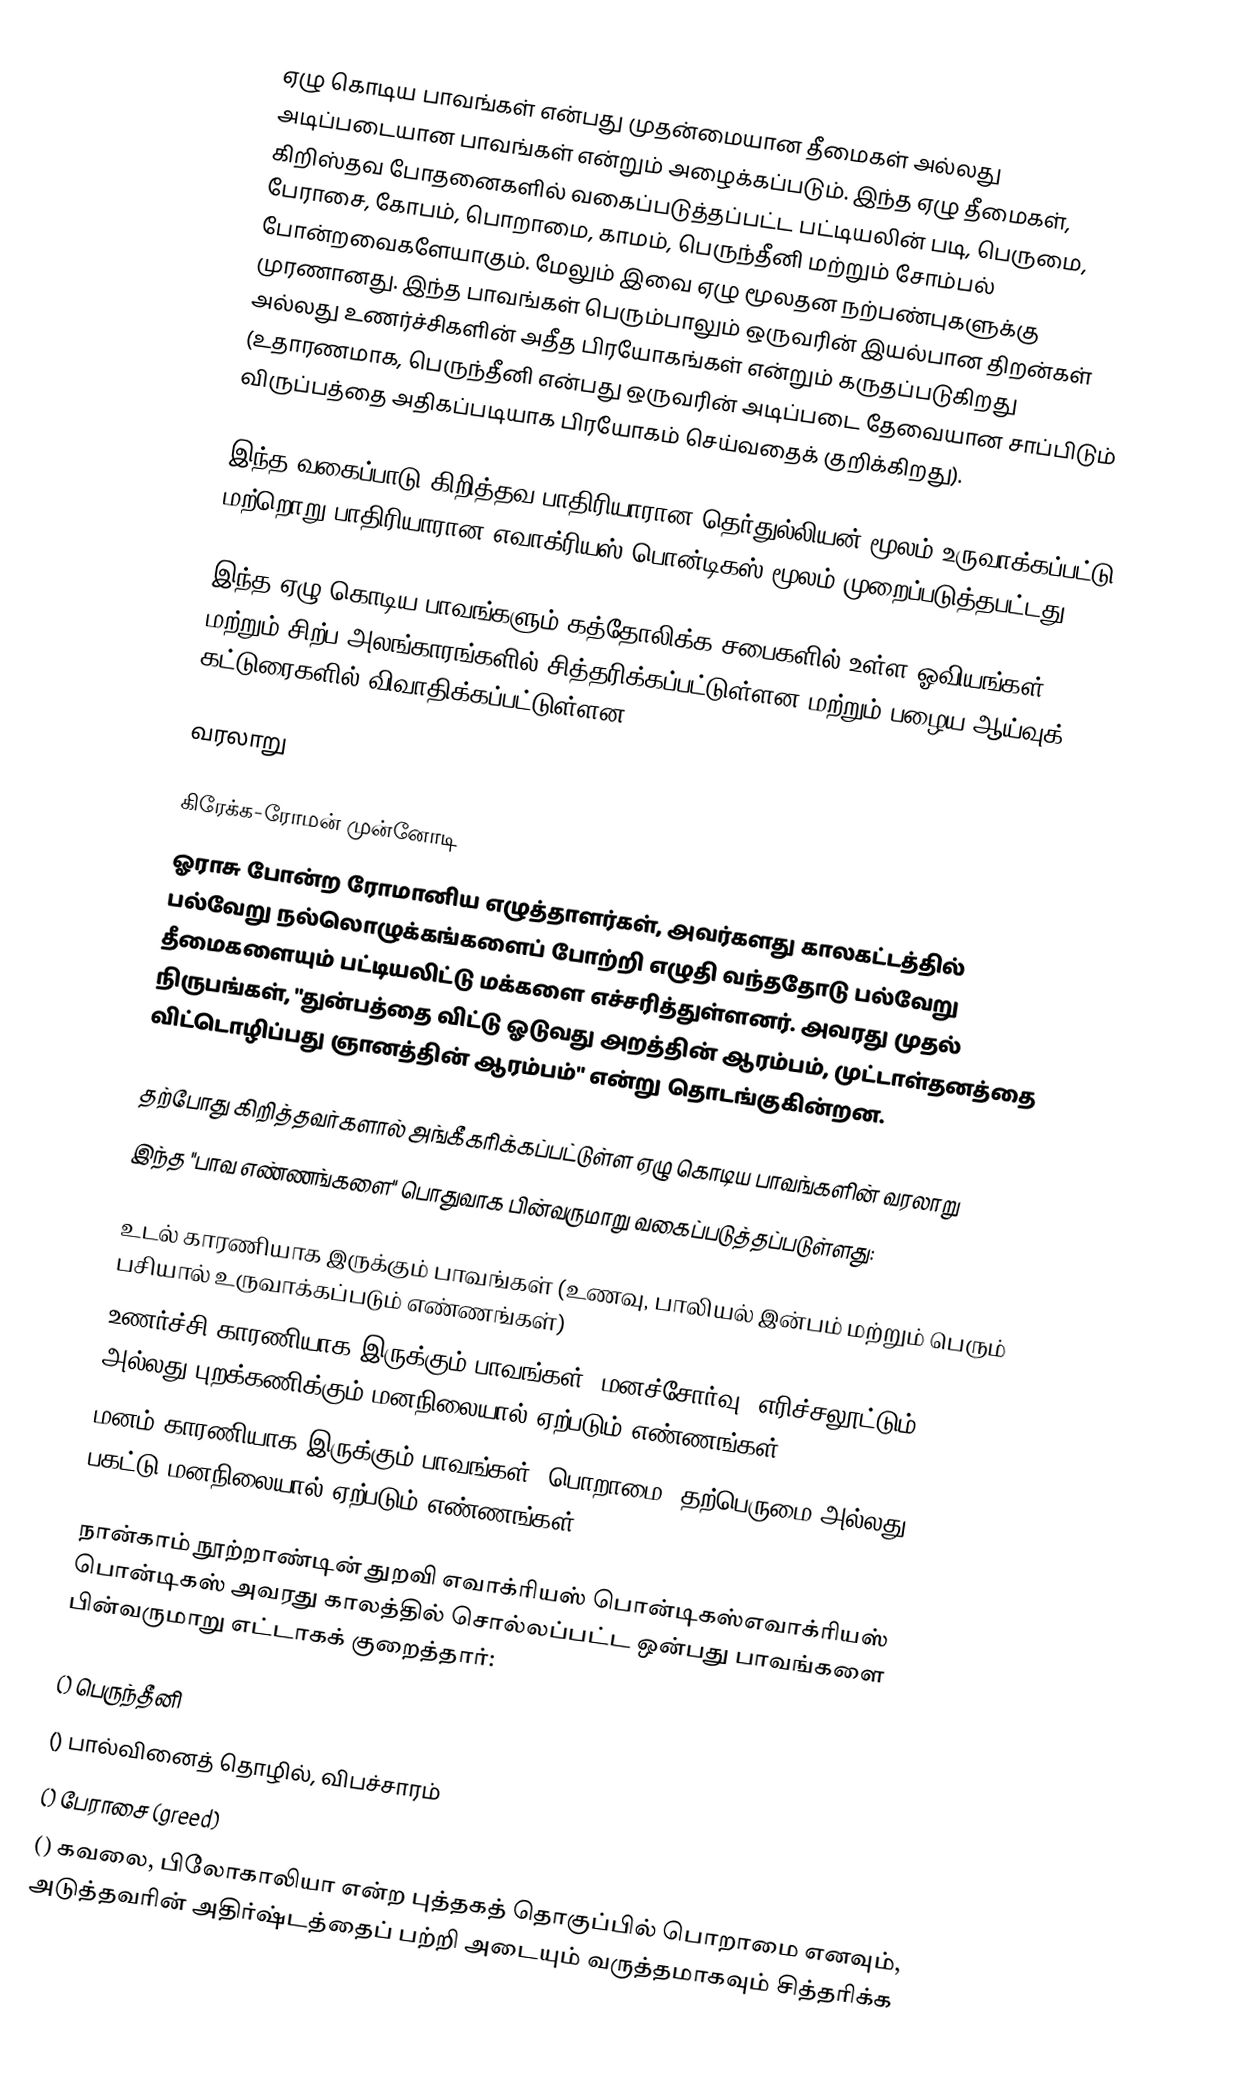
ஏழு கொடிய பாவங்கள் என்பது முதன்மையான  தீமைகள் அல்லது அடிப்படையான பாவங்கள் என்றும் அழைக்கப்படும். இந்த ஏழு தீமைகள், கிறிஸ்தவ போதனைகளில் வகைப்படுத்தப்பட்ட  பட்டியலின் படி, பெருமை, பேராசை, கோபம், பொறாமை, காமம், பெருந்தீனி மற்றும் சோம்பல்  போன்றவைகளேயாகும். மேலும் இவை ஏழு மூலதன நற்பண்புகளுக்கு முரணானது. இந்த பாவங்கள் பெரும்பாலும் ஒருவரின் இயல்பான திறன்கள் அல்லது உணர்ச்சிகளின் அதீத பிரயோகங்கள் என்றும் கருதப்படுகிறது (உதாரணமாக, பெருந்தீனி என்பது ஒருவரின் அடிப்படை தேவையான சாப்பிடும் விருப்பத்தை அதிகப்படியாக பிரயோகம் செய்வதைக் குறிக்கிறது).

இந்த வகைப்பாடு கிறித்தவ பாதிரியாரான தெர்துல்லியன் மூலம் உருவாக்கப்பட்டு மற்றொறு பாதிரியாரான எவாக்ரியஸ் பொன்டிகஸ் மூலம் முறைப்படுத்தபட்டது.

இந்த ஏழு கொடிய பாவங்களும் கத்தோலிக்க சபைகளில் உள்ள ஓவியங்கள் மற்றும் சிற்ப அலங்காரங்களில்  சித்தரிக்கப்பட்டுள்ளன மற்றும் பழைய ஆய்வுக் கட்டுரைகளில் விவாதிக்கப்பட்டுள்ளன

வரலாறு

கிரேக்க-ரோமன் முன்னோடி
ஓராசு போன்ற ரோமானிய எழுத்தாளர்கள், அவர்களது காலகட்டத்தில் பல்வேறு நல்லொழுக்கங்களைப் போற்றி எழுதி வந்ததோடு பல்வேறு  தீமைகளையும் பட்டியலிட்டு மக்களை எச்சரித்துள்ளனர். அவரது முதல் நிருபங்கள், "துன்பத்தை விட்டு ஓடுவது அறத்தின் ஆரம்பம், முட்டாள்தனத்தை விட்டொழிப்பது ஞானத்தின் ஆரம்பம்" என்று தொடங்குகின்றன.

தற்போது கிறித்தவர்களால் அங்கீகரிக்கப்பட்டுள்ள ஏழு கொடிய பாவங்களின் வரலாறு
இந்த "பாவ எண்ணங்களை" பொதுவாக பின்வருமாறு  வகைப்படுத்தப்படுள்ளது:

 உடல் காரணியாக இருக்கும் பாவங்கள் (உணவு, பாலியல் இன்பம் மற்றும் பெரும் பசியால் உருவாக்கப்படும் எண்ணங்கள்)
 உணர்ச்சி காரணியாக இருக்கும் பாவங்கள் (மனச்சோர்வு, எரிச்சலூட்டும் அல்லது புறக்கணிக்கும் மனநிலையால் ஏற்படும் எண்ணங்கள்)
 மனம் காரணியாக இருக்கும் பாவங்கள்  (பொறாமை, தற்பெருமை அல்லது பகட்டு மனநிலையால் ஏற்படும் எண்ணங்கள்)

நான்காம் நூற்றாண்டின் துறவி எவாக்ரியஸ் பொன்டிகஸ்எவாக்ரியஸ் பொன்டிகஸ்  அவரது காலத்தில் சொல்லப்பட்ட ஒன்பது பாவங்களை பின்வருமாறு  எட்டாகக் குறைத்தார்:

  () பெருந்தீனி
  () பால்வினைத் தொழில், விபச்சாரம்
  () பேராசை (greed)
  () கவலை, பிலோகாலியா என்ற புத்தகத் தொகுப்பில் பொறாமை எனவும், அடுத்தவரின் அதிர்ஷ்டத்தைப் பற்றி அடையும் வருத்தமாகவும் சித்தரிக்க